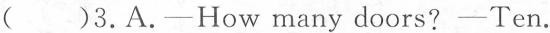
( )3.A.—How many doors?—Ten.